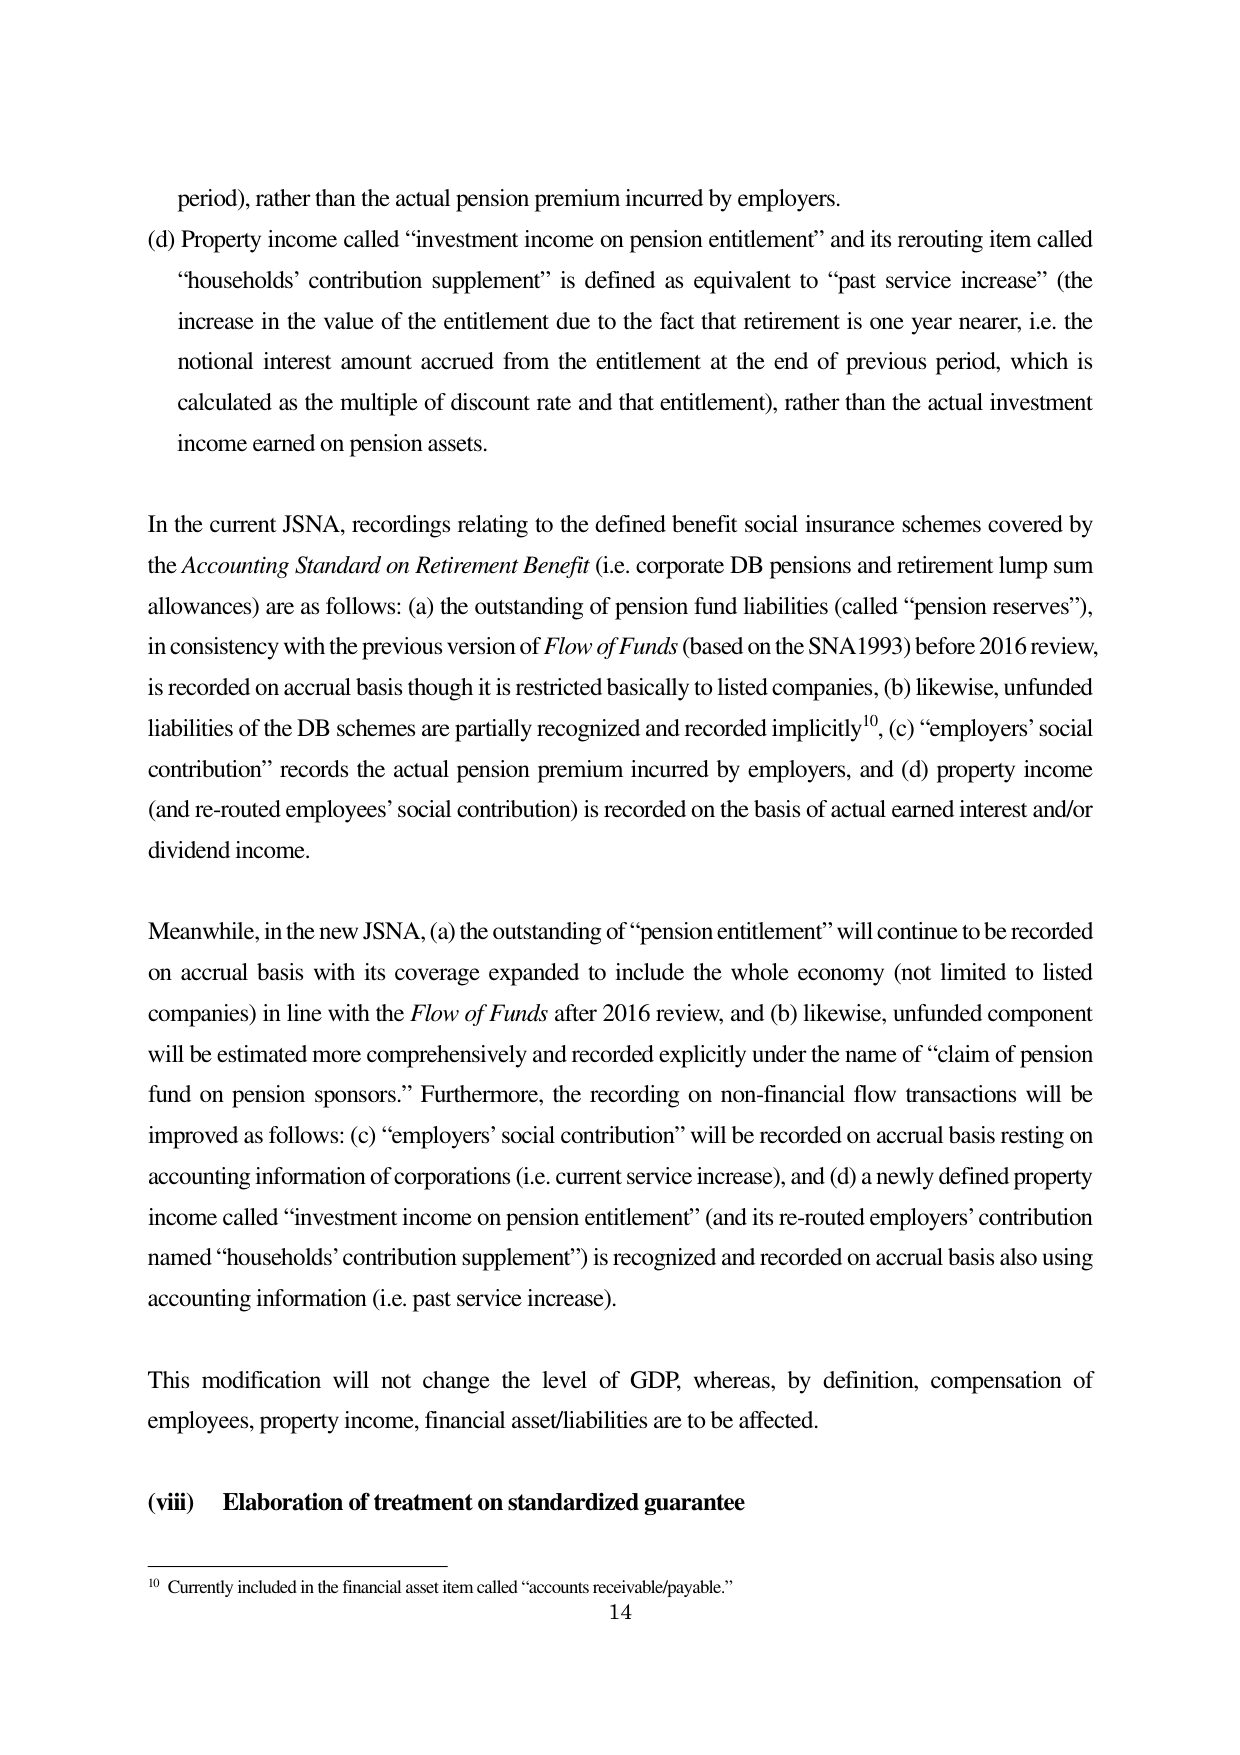
period), rather than the actual pension premium incurred by employers.

(d) Property income called “investment income on pension entitlement” and its rerouting item called “households’ contribution supplement” is defined as equivalent to “past service increase” (the increase in the value of the entitlement due to the fact that retirement is one year nearer, i.e. the notional interest amount accrued from the entitlement at the end of previous period, which is calculated as the multiple of discount rate and that entitlement), rather than the actual investment income earned on pension assets.

In the current JSNA, recordings relating to the defined benefit social insurance schemes covered by the Accounting Standard on Retirement Benefit (i.e. corporate DB pensions and retirement lump sum allowances) are as follows: (a) the outstanding of pension fund liabilities (called “pension reserves”), in consistency with the previous version of Flow of Funds (based on the SNA1993) before 2016 review, is recorded on accrual basis though it is restricted basically to listed companies, (b) likewise, unfunded liabilities of the DB schemes are partially recognized and recorded implicitly¹⁰, (c) “employers’ social contribution” records the actual pension premium incurred by employers, and (d) property income (and re-routed employees’ social contribution) is recorded on the basis of actual earned interest and/or dividend income.

Meanwhile, in the new JSNA, (a) the outstanding of “pension entitlement” will continue to be recorded on accrual basis with its coverage expanded to include the whole economy (not limited to listed companies) in line with the Flow of Funds after 2016 review, and (b) likewise, unfunded component will be estimated more comprehensively and recorded explicitly under the name of “claim of pension fund on pension sponsors.” Furthermore, the recording on non-financial flow transactions will be improved as follows: (c) “employers’ social contribution” will be recorded on accrual basis resting on accounting information of corporations (i.e. current service increase), and (d) a newly defined property income called “investment income on pension entitlement” (and its re-routed employers’ contribution named “households’ contribution supplement”) is recognized and recorded on accrual basis also using accounting information (i.e. past service increase).

This modification will not change the level of GDP, whereas, by definition, compensation of employees, property income, financial asset/liabilities are to be affected.

(viii) Elaboration of treatment on standardized guarantee

¹⁰ Currently included in the financial asset item called “accounts receivable/payable.”

14